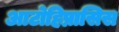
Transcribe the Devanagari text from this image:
आटोहिप्नासिस